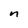
Character: n